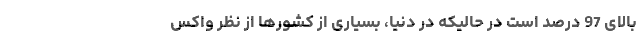
بالای 97 درصد است در حالیکه در دنیا، بسیاری از کشورها از نظر واکس